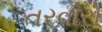
તરવારો